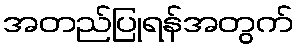
အတည်ပြုရန်အတွက်